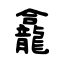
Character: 龕